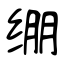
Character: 绷